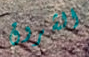
الشروق